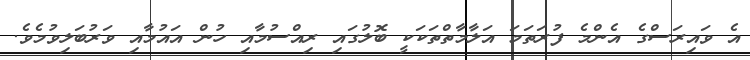
އެ ވައިރަސްގެ އެންމެ ފުރަތަމަ އަލާމާތްތަކަކީ ބޮލުގައި ރިއްސުމާއި ހުން އައުމާއި ވަރުބަލިވުމެވެ.